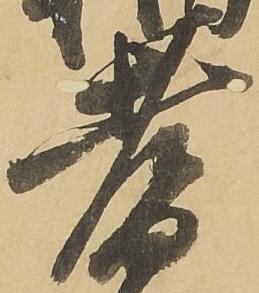
耆